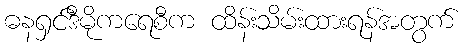
ဓနရှင်ဒီမိုကရေစီက ထိန်းသိမ်းထားရန်အတွက်